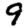
Digit: 9